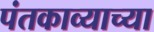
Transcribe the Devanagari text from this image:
पंतकाव्याच्या